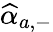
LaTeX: \widehat{\alpha}_{a,-}